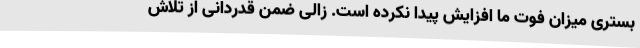
بستری میزان فوت ما افزایش پیدا نکرده است. زالی ضمن قدردانی از تلاش